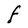
Character: F